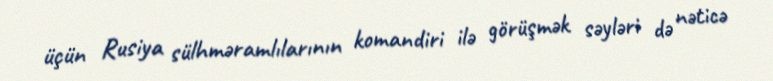
üçün Rusiya sülhməramlılarının komandiri ilə görüşmək səyləri də nəticə